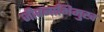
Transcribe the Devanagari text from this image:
जीवनाभिमुख